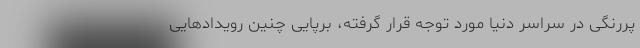
پررنگی در سراسر دنیا مورد توجه قرار گرفته، برپایی چنین رویدادهایی